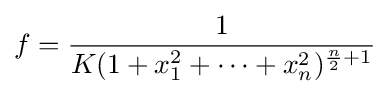
f={\frac {1}{K(1+x_{1}^{2}+\cdots +x_{n}^{2})^{{\frac {n}{2}}+1}}}